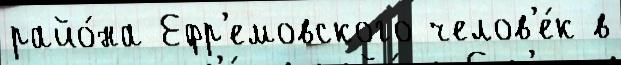
райо́на Ефр'емовского челов'е́к в